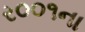
ર૦૦૧ના